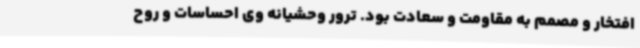
افتخار و مصمم به مقاومت و سعادت بود. ترور وحشیانه وی احساسات و روح